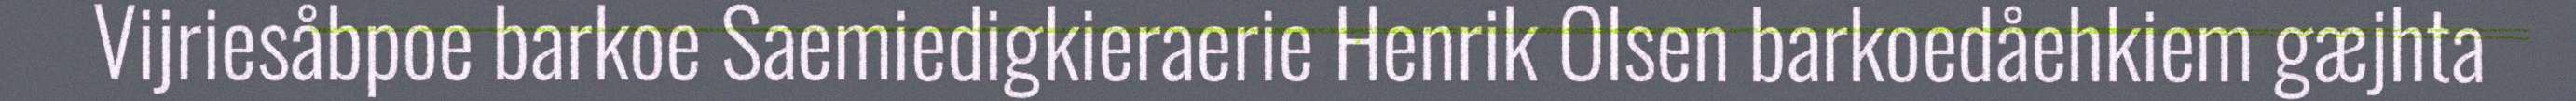
Vijriesåbpoe barkoe Saemiedigkieraerie Henrik Olsen barkoedåehkiem gæjhta